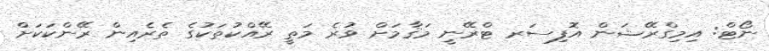
ނޯޓް: އިމިގްރޭޝަން އޮފިސަރ ޓްރޭނީ މަޤާމަށް ވުރެ މަތީ ރޭއްކުތަކުގެ ތެރެއިން ރޭންކަކަށް